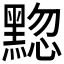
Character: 𫜚